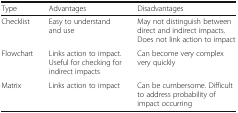
| Type | Advantages | Disadvantages |
 | --- | --- | --- |
 | Checklist | Easy to understand and use | May not distinguish between direct and indirect impacts. Does not link action to impact |
 | Flowchart | Links action to impact. Useful for checking for indirect impacts | Can become very complex very quickly |
 | Matrix | Links action to impact | Can be cumbersome. Difficult to address probability of impact occurring |